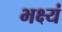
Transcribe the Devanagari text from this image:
भक्ष्यं